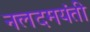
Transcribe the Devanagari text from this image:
नलदमयंती